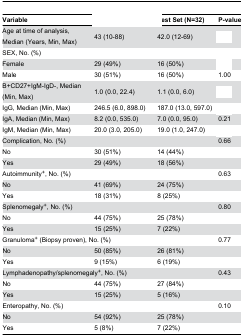
<table><thead><tr><td><b>Variable</b></td><td>[EMPTY_CELL]</td><td><b>Test Set (N=32)</b></td><td><b>P-value</b></td></tr></thead><tbody><tr><td>Age at time of analysis, Median (Years, Min, Max)</td><td>43 (10-88)</td><td>42.0 (12-69)</td><td>[EMPTY_CELL]</td></tr><tr><td colspan="4">SEX, No. (%)</td></tr><tr><td>Female</td><td>29 (49%)</td><td>16 (50%)</td><td>[EMPTY_CELL]</td></tr><tr><td>Male</td><td>30 (51%)</td><td>16 (50%)</td><td>1.00</td></tr><tr><td>B+CD27+IgM-IgD-, Median (Min, Max)</td><td>1.0 (0.0, 22.4)</td><td>1.1 (0.0, 6.0)</td><td>[EMPTY_CELL]</td></tr><tr><td>IgG, Median (Min, Max)</td><td>246.5 (6.0, 898.0)</td><td>187.0 (13.0, 597.0)</td><td>[EMPTY_CELL]</td></tr><tr><td>IgA, Median (Min, Max)</td><td>8.2 (0.0, 535.0)</td><td>7.0 (0.0, 95.0)</td><td>0.21</td></tr><tr><td>IgM, Median (Min, Max)</td><td>20.0 (3.0, 205.0)</td><td>19.0 (1.0, 247.0)</td><td>[EMPTY_CELL]</td></tr><tr><td colspan="3">Complication, No. (%)</td><td>0.66</td></tr><tr><td>No</td><td>30 (51%)</td><td>14 (44%)</td><td>[EMPTY_CELL]</td></tr><tr><td>Yes</td><td>29 (49%)</td><td>18 (56%)</td><td>[EMPTY_CELL]</td></tr><tr><td colspan="3">Autoimmunity+, No. (%)</td><td>0.63</td></tr><tr><td>No</td><td>41 (69%)</td><td>24 (75%)</td><td>[EMPTY_CELL]</td></tr><tr><td>Yes</td><td>18 (31%)</td><td>8 (25%)</td><td>[EMPTY_CELL]</td></tr><tr><td colspan="3">Splenomegaly+, No. (%)</td><td>0.80</td></tr><tr><td>No</td><td>44 (75%)</td><td>25 (78%)</td><td>[EMPTY_CELL]</td></tr><tr><td>Yes</td><td>15 (25%)</td><td>7 (22%)</td><td>[EMPTY_CELL]</td></tr><tr><td colspan="3">Granuloma+ (Biopsy proven), No. (%)</td><td>0.77</td></tr><tr><td>No</td><td>50 (85%)</td><td>26 (81%)</td><td>[EMPTY_CELL]</td></tr><tr><td>Yes</td><td>9 (15%)</td><td>6 (19%)</td><td>[EMPTY_CELL]</td></tr><tr><td colspan="3">Lymphadenopathy/splenomegaly+, No. (%)</td><td>0.43</td></tr><tr><td>No</td><td>44 (75%)</td><td>27 (84%)</td><td>[EMPTY_CELL]</td></tr><tr><td>Yes</td><td>15 (25%)</td><td>5 (16%)</td><td>[EMPTY_CELL]</td></tr><tr><td colspan="3">Enteropathy, No. (%)</td><td>0.10</td></tr><tr><td>No</td><td>54 (92%)</td><td>25 (78%)</td><td>[EMPTY_CELL]</td></tr><tr><td>Yes</td><td>5 (8%)</td><td>7 (22%)</td><td>[EMPTY_CELL]</td></tr></tbody></table>